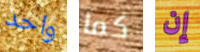
واحد كما إن